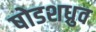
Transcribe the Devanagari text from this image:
षोडशध्रुव